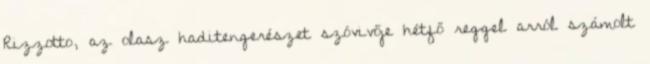
Rizzotto, az olasz haditengerészet szóvivője hétfő reggel arról számolt